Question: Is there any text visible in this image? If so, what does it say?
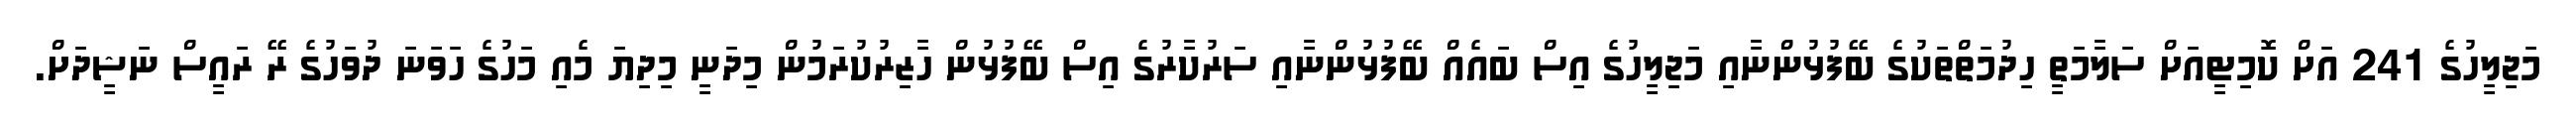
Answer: މަޖިލީހުގެ 241 އަށް ކޮމިޓީއަށް ސަލާމަތީ ހިދުމަތްތަކުގެ ބޭފުޅުންނާއި މަޖިލީހުގެ އިސް ބައެއް ބޭފުޅުންނާއި ސަރުކާރުގެ އިސް ބޭފުޅުން ހާޒިރުކުރަމުން މިދަނީ މިދިޔަ މެއި މަހުގެ ހަވަނަ ދުވަހުގެ ރޭ ރައީސް ނަޝީދަށް.